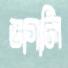
ভাগালি